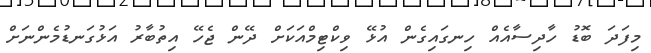
މިފަދަ ބޮޑު ހާދިސާއެއް ހިނގައިގެން އުޅޭ ވިކްޓިމްއަކަށް ދޭން ޖެހޭ އިތުބާރު އަޅުގަނޑުމެންނަށް